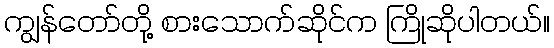
ကျွန်တော်တို့ စားသောက်ဆိုင်က ကြိုဆိုပါတယ်။